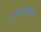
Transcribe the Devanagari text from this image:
उत्कर्षावस्थेत